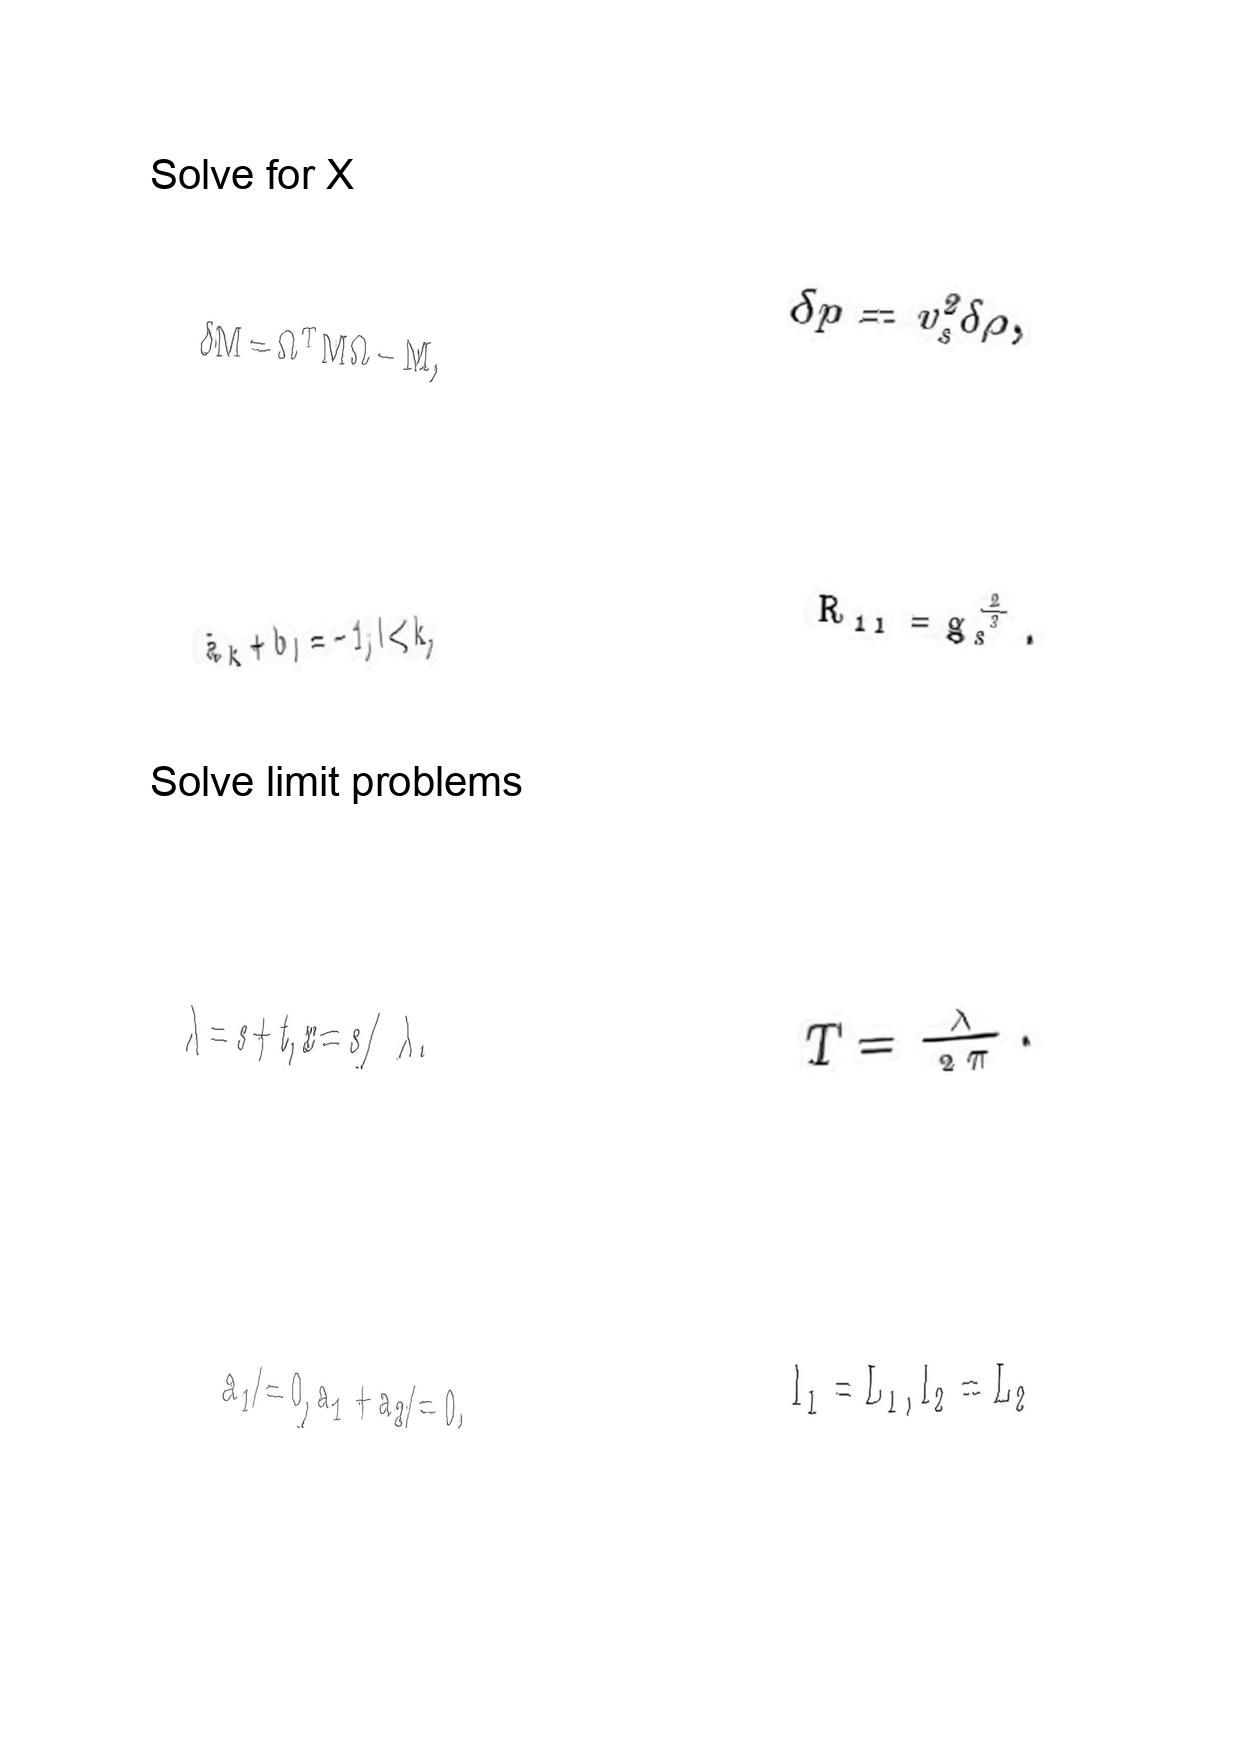
LaTeX transcription:
\delta M = \Omega ^ { T } M \Omega - M ,
\bar { a } _ { k } + b _ { l } = - 1 ; l \lt k ,
\lambda = s + t , x = s / \lambda .
a _ { 1 } \neq 0 , a _ { 1 } + a _ { 2 } \neq 0 ,
\delta p = v _ { s } ^ { 2 } \delta \rho ,
R _ { 1 1 } = g _ { s } ^ { \frac { 2 } { 3 } } .
T = \frac { \lambda } { 2 \pi } .
l _ { 1 } = L _ { 1 } , l _ { 2 } = L _ { 2 }